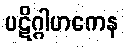
ပဋိဂ္ဂါဟကေန